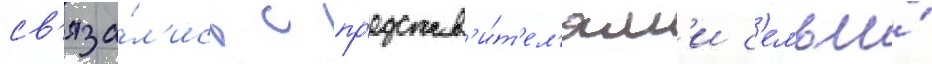
св'яза́л'ись с пр'едстав'и́т'ел'ям'и с'емьи́